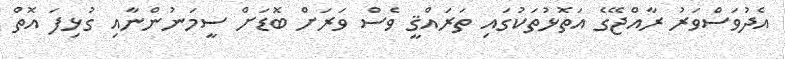
އެދުވަސްވަރު ރާއްޖޭގެ އަތޮޅުތަކުގައި ތަރައްޤީ ވެސް ވަރަށް ބޮޑަށް ސީމަނުންނާއި ގުޅިފަ އޮތް